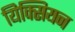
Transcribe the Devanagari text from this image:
यिक्सियन